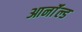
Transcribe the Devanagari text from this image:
आर्नाॅल्ड